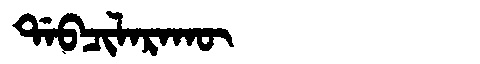
Manchu: ᡩᠠᠪᠴᡳᠯᠠᡵᠠᡴᡡ
Romanization: DABCILARAKŪ